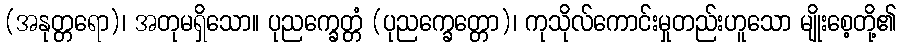
(အနုတ္တရော)၊ အတုမရှိသော။ ပုညက္ခေတ္တံ (ပုညက္ခေတ္တော)၊ ကုသိုလ်ကောင်းမှုတည်းဟူသော မျိုးစေ့တို့၏